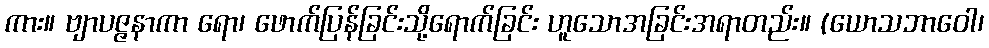
ကား။ ဗျာပဇ္ဇနာကာ ရော၊ ဖောက်ပြန်ခြင်းသို့ရောက်ခြင်း ဟူသောအခြင်းအရာတည်း။ (ယောသဘာဝေါ၊